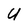
Character: U